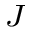
_ J